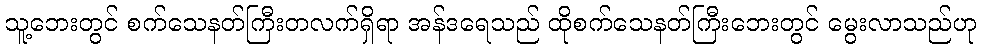
သူ့ဘေးတွင် စက်သေနတ်ကြီးတလက်ရှိရာ အန်ဒရေသည် ထိုစက်သေနတ်ကြီးဘေးတွင် မွေးလာသည်ဟု